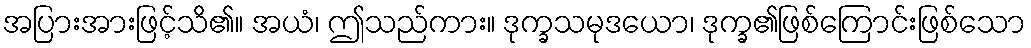
အပြားအားဖြင့်သိ၏။ အယံ၊ ဤသည်ကား။ ဒုက္ခသမုဒယော၊ ဒုက္ခ၏ဖြစ်ကြောင်းဖြစ်သော